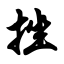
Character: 挫